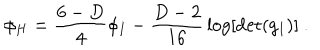
\phi _ { H } = { \frac { 6 - D } { 4 } } \phi _ { I } - { \frac { D - 2 } { 1 6 } } \log [ \det ( g _ { I } ) ] ~ .